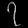
Digit: ၇